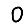
Digit: 0